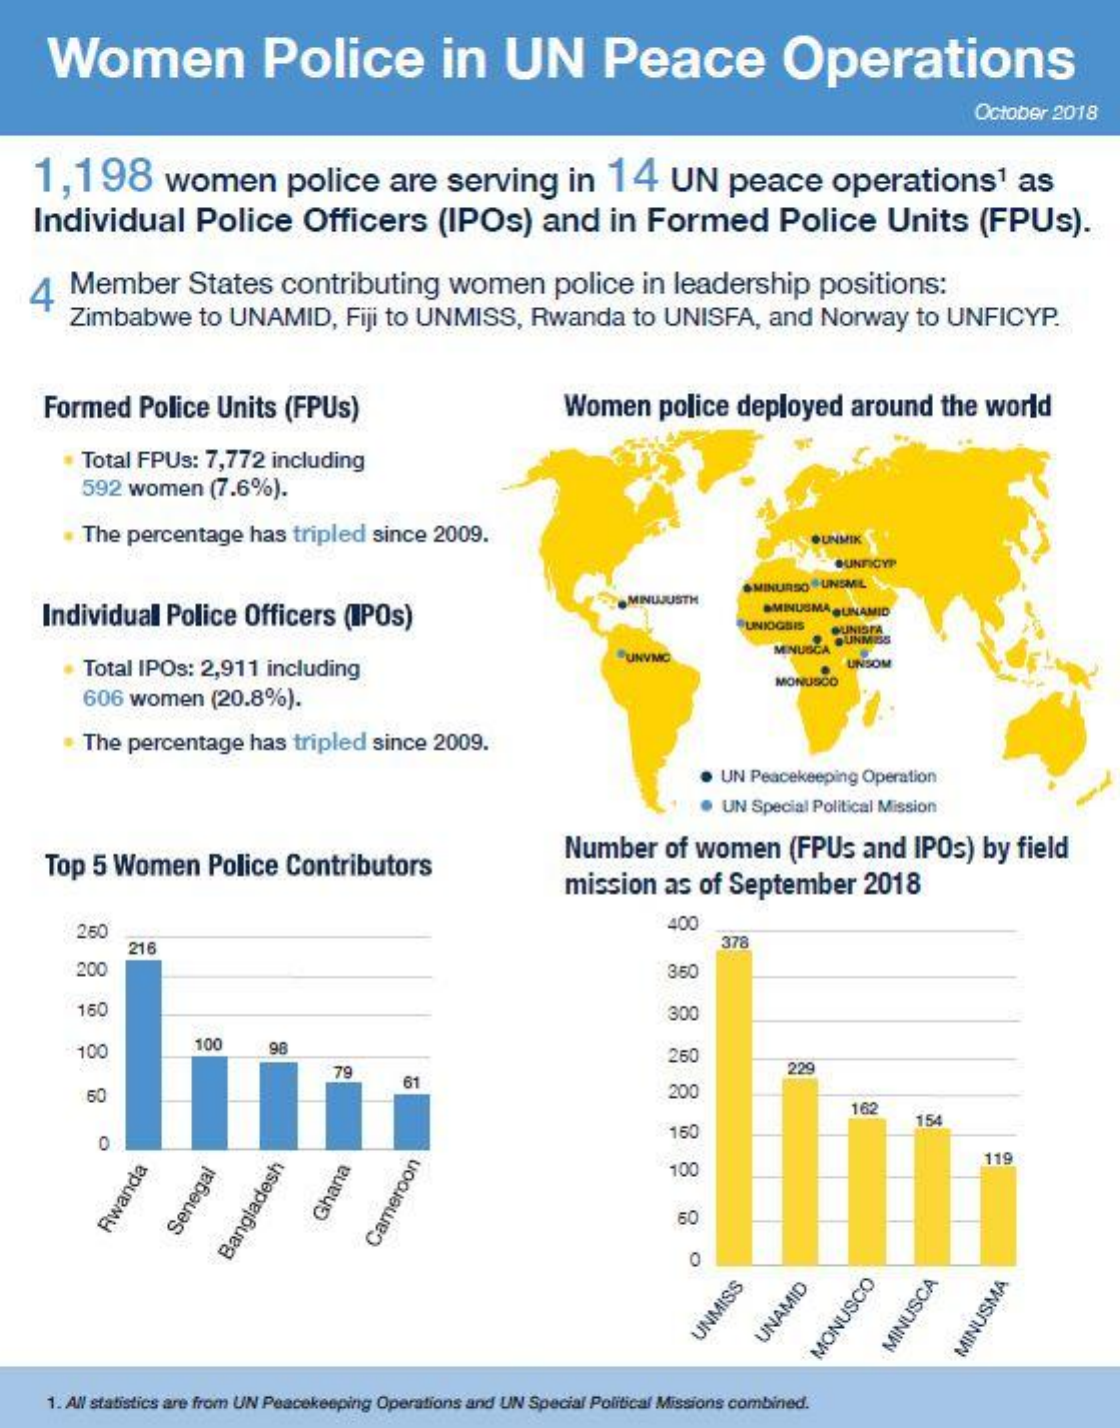
Women    Police    in    UN    Peace    Operations
     October  2018
    1,198    women    police    are   serving    in   14    UN    peace    operations1    as
    Individual    Police    Officers    (IPOs)    and    in  Formed    Police    Units    (FPUs).
    4  Member    States    contributing    women    police   in  leadership    positions:
     Zimbabwe    to UNAMID,    Fiji to UNMISS,    Rwanda    to  UNISFA,    and   Norway    to  UNFICYP.
     Formed    Police   Units  (FPUs)    Women    police   deployed    around    the  world
     Total FPUs:   7,772  including
     592  women    (7.6%).
     The  percentage   has  tripled  since  2009.    OUNMIK
     OUNFICYP
     .MINUJUSTH
     MINURSO " UNSMIL
     Individual   Police   Officers   (IPOs)
     SMINUSMA QUINAMID
     PUNIOGSIS
     QUNISTA
     OUNM
     Total IPOs: 2,911  including
     UNVMC    MINUSCA
     UNSOM
     606 women    (20.8%).
     MONUSCO
     The  percentage   has  tripled  since  2009.
     UN Peacekeeping Operation
     UN  Special Political Mission
     Top  5 Women    Police  Contributors
     Number    of women    (FPUs    and  IPOs)   by  field
     mission    as  of September    2018
     250    400
     216    378
     200    350
     160    300
     100
     100    98    260
     79    229
     50
     61
     200
     162
     150
     154
     O
     100
     119
     Rwanda    Ghana Senegal
     8
     Cameroon Bangladesh
     O
     UNMISS UNAMID MONUSCO MINUSCA MINUSMA
     1. All statistics are from UN Peacekeeping Operations and UN Special Political Missions combined.